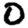
Digit: 0